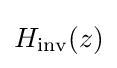
H_{\text{inv}}(z)